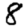
Digit: 8